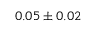
0 . 0 5 \pm 0 . 0 2